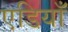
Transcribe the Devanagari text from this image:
एडियाँ